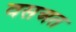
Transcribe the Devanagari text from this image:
वसअत